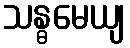
သန္ဓမေယျ